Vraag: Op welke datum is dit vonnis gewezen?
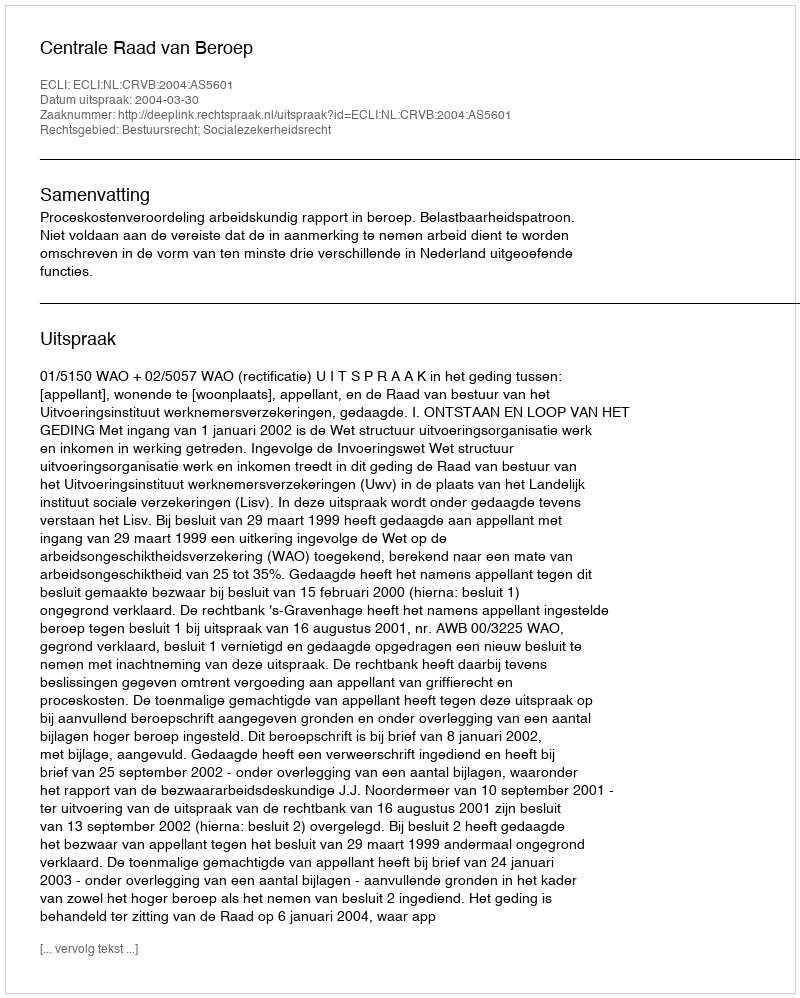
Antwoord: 2004-03-30